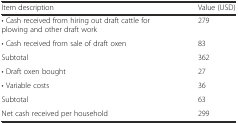
<table><thead><tr><td><b>Item description</b></td><td><b>Value (USD)</b></td></tr></thead><tbody><tr><td>• Cash received from hiring out draft cattle for plowing and other draft work</td><td>279</td></tr><tr><td>• Cash received from sale of draft oxen</td><td>83</td></tr><tr><td>Subtotal</td><td>362</td></tr><tr><td>• Draft oxen bought</td><td>27</td></tr><tr><td>• Variable costs</td><td>36</td></tr><tr><td>Subtotal</td><td>63</td></tr><tr><td>Net cash received per household</td><td>299</td></tr></tbody></table>